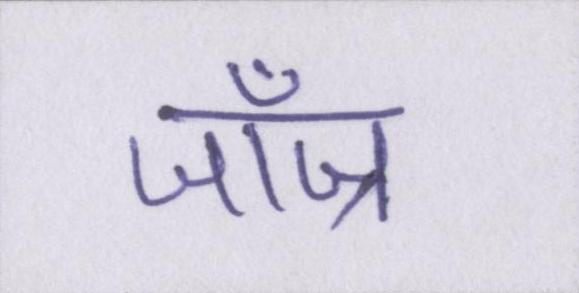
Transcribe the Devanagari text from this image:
जॉज्र